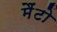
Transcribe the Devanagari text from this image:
मैंटो